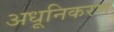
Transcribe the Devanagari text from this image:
अधूनिकरण